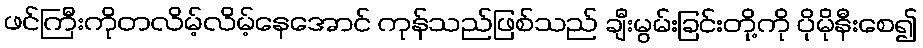
ဖင်ကြီးကိုတလိမ့်လိမ့်နေအောင် ကုန်သည်ဖြစ်သည် ချီးမွမ်းခြင်းတို့ကို ပိုမိုနီးစေ၍